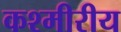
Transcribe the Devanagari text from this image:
कश्मीरीय